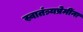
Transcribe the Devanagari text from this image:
स्वातंत्र्यप्रेमींना